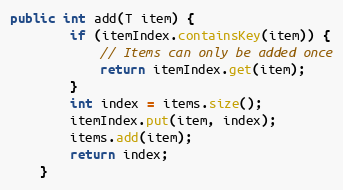
Language: Java
public int add(T item) {
		if (itemIndex.containsKey(item)) {
			// Items can only be added once
			return itemIndex.get(item);
		}
		int index = items.size();
		itemIndex.put(item, index);
		items.add(item);
		return index;
	}